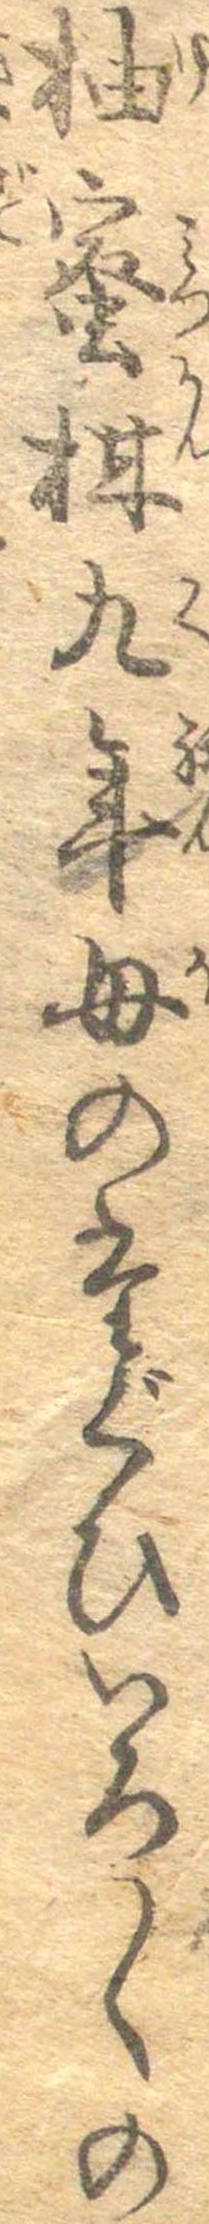
柚蜜柑九年母のたぐひいろ〱の